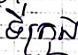
ទីក្រុង